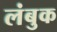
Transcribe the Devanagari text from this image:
लंबुक